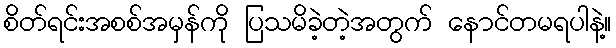
စိတ်ရင်းအစစ်အမှန်ကို ပြသမိခဲ့တဲ့အတွက် နောင်တမရပါနဲ့။